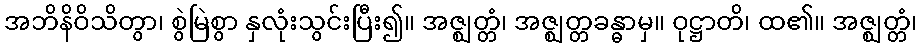
အဘိနိဝိသိတွာ၊ စွဲမြဲစွာ နှလုံးသွင်းပြီး၍။ အဇ္ဈတ္တံ၊ အဇ္ဈတ္တခန္ဓာမှ။ ဝုဋ္ဌာတိ၊ ထ၏။ အဇ္ဈတ္တံ၊